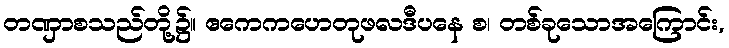
တဏှာစသည်တို့၌။ ဧကေကဟေတုဖလဒီပနေ စ၊ တစ်ခုသောအကြောင်း,